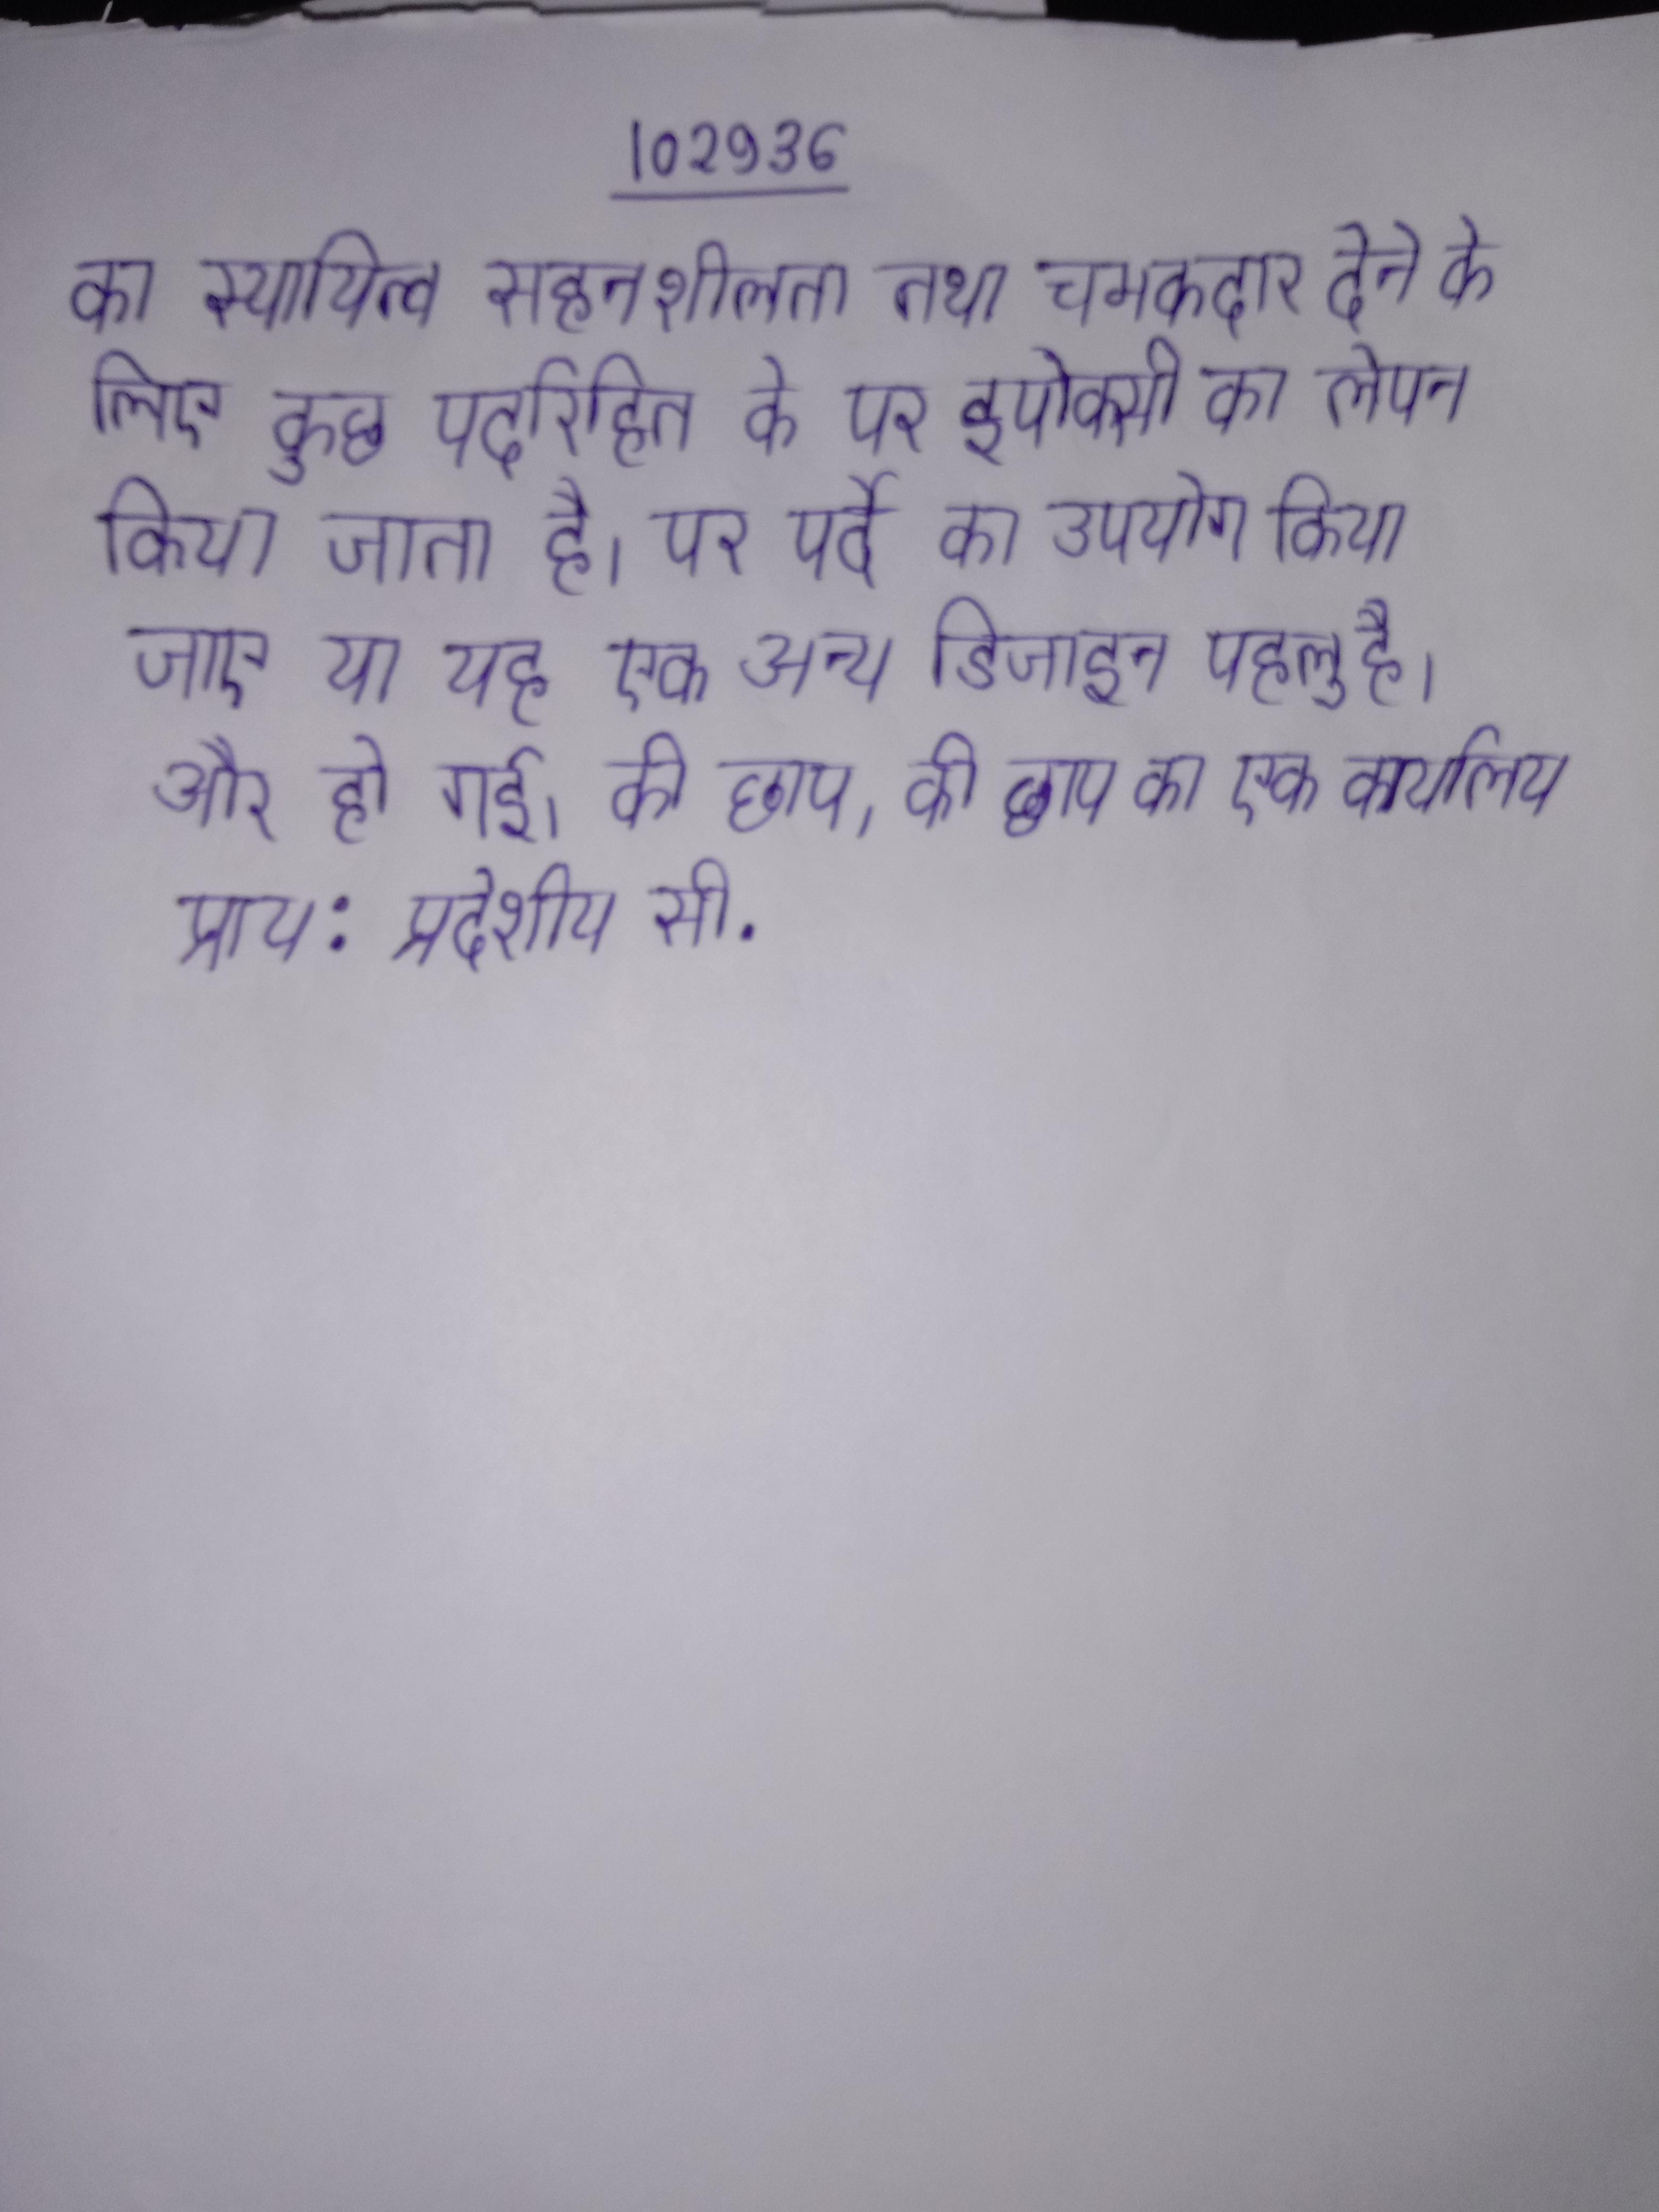
का स्थायित्व सहनशीलता तथा चमकदार देने के लिए कुछ पर्दारहित के पर इपोक्सी का लेपन किया जाता है । पर पर्दे का उपयोग किया जाए या यह एक अन्य डिजाइन पहलू है । और हो गई । की छाप, की छाप का एक कार्यालय प्राय: प्रदेशीय सी .